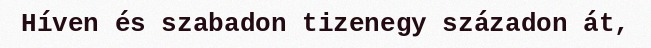
Híven és szabadon tizenegy századon át,